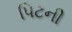
પિટની